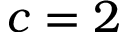
c = 2